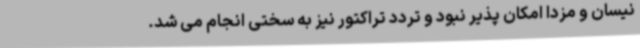
نیسان و مزدا امکان پذیر نبود و تردد تراکتور نیز به سختی انجام می شد.